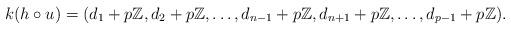
LaTeX: \begin{align*}k(h\circ u) = (d_1+p\mathbb{Z},d_2+p\mathbb{Z},\dots ,d_{n-1}+p\mathbb{Z},d_{n+1}+p\mathbb{Z},\dots ,d_{p-1}+p\mathbb{Z}).\end{align*}